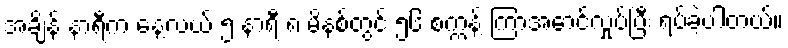
အချိန် နာရီက နေ့လယ် ၅ နာရီ ၈ မိနစ်တွင် ၅၆ စက္ကန့် ကြာအောင်လှုပ်ပြီး ရပ်ခဲ့ပါတယ်။